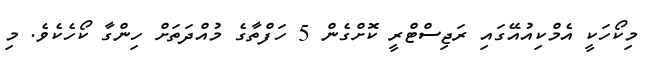
މިކޯހަކީ އެމްކިއުއޭގައި ރަޖިސްޓްރީ ކޮށްގެން 5 ހަފްތާގެ މުއްދަތަށް ހިންގާ ކޯހެކެވެ. މި